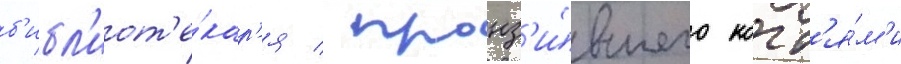
б'ибл'иот'е́кар'я / пронз'и́вшего когт'я́м'и